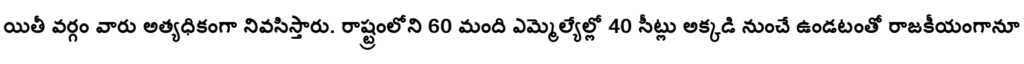
యితీ వర్గం వారు అత్యధికంగా నివసిస్తారు. రాష్ట్రంలోని 60 మంది ఎమ్మెల్యేల్లో 40 సీట్లు అక్కడి నుంచే ఉండటంతో రాజకీయంగానూ